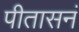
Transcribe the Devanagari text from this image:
पीतासनं